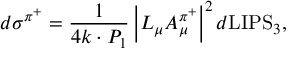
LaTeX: d \sigma ^ { \pi ^ { + } } = \frac { 1 } { 4 k \cdot P _ { 1 } } \left| L _ { \mu } { \cal A } _ { \mu } ^ { \pi ^ { + } } \right| ^ { 2 } d \mathrm { L I P S } _ { 3 } ,